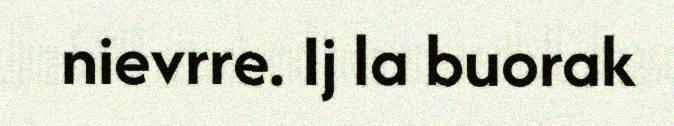
nievrre. Ij la buorak